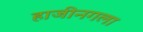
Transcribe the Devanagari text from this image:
हाजीनगला